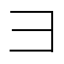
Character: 𫜹